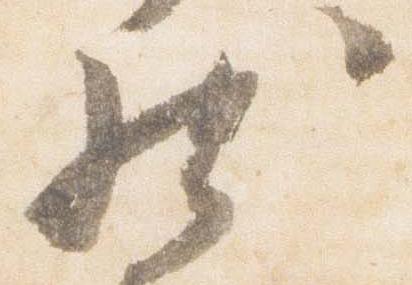
然